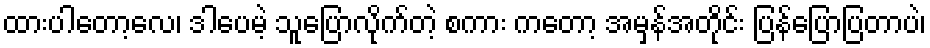
ထားပါတော့လေ၊ ဒါပေမဲ့ သူပြောလိုက်တဲ့ စကား ကတော့ အမှန်အတိုင်း ပြန်ပြောပြတာပဲ၊